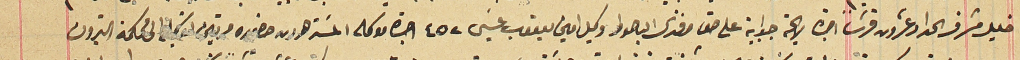
خليل مشرف الحداد عشرون قرشاً اجرة لايحة جوابية على حق افندى الباحوط وكيل امين يعقوب عيسَى ٤٥٢ اجرة موكله المستر هرون حضوره مرتين الى محكمة البترون